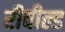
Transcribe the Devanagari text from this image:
रीवील्ड